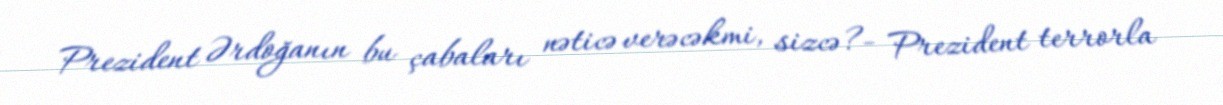
Prezident Ərdoğanın bu çabaları nəticə verəcəkmi, sizcə?- Prezident terrorla